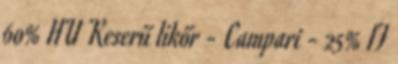
60% HU Keserű likőr - Campari - 25% IT